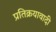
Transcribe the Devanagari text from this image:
प्रतिक्रयावादी